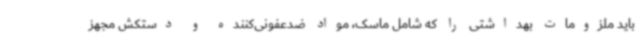
باید ملزومات بهداشتی را که شامل ماسک، مواد ضدعفونی‌کننده و دستکش مجهز